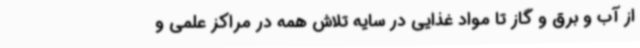
از آب و برق و گاز تا مواد غذایی در سایه تلاش همه در مراکز علمی و